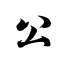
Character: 公